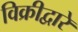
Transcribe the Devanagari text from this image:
विक्रीद्वारे